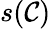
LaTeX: s(\mathcal{C})